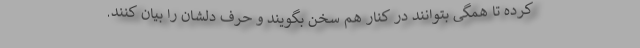
کرده تا همگی بتوانند در کنار هم سخن بگویند و حرف دلشان را بیان کنند.